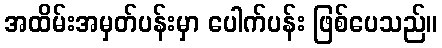
အထိမ်းအမှတ်ပန်းမှာ ပေါက်ပန်း ဖြစ်ပေသည်။